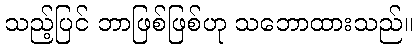
သည့်ပြင် ဘာဖြစ်ဖြစ်ဟု သဘောထားသည်။